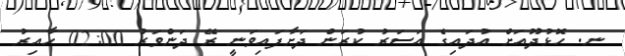
ނ. ހޮޅުދޫއަށް އުދައިގެ އަސަރު ކުރަން ދަށާފައިވަނީ ރޭ ދަންވަރު 02:00 ހާއިރު